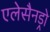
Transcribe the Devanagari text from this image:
एलेसैनड्रो